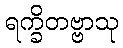
ရက္ခိတဗ္ဗာသု